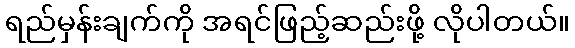
ရည်မှန်းချက်ကို အရင်ဖြည့်ဆည်းဖို့ လိုပါတယ်။